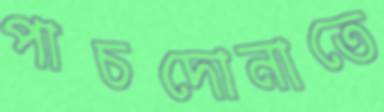
পাচদোনাতে